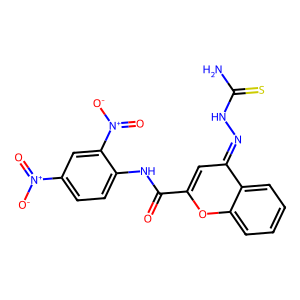
SMILES: NC(=S)NN=c1cc(C(=O)Nc2ccc([N+](=O)[O-])cc2[N+](=O)[O-])oc2ccccc12
Inhibits HIV replication: No